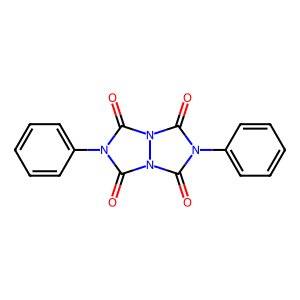
SMILES: O=c1n(-c2ccccc2)c(=O)n2c(=O)n(-c3ccccc3)c(=O)n12
Inhibits HIV replication: No